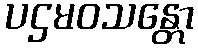
ပဌမဝသန္တော